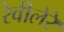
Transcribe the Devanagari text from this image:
रेवीलेरे